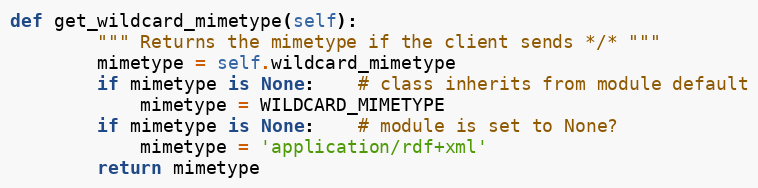
Language: Python
def get_wildcard_mimetype(self):
		""" Returns the mimetype if the client sends */* """
		mimetype = self.wildcard_mimetype
		if mimetype is None:	# class inherits from module default
			mimetype = WILDCARD_MIMETYPE
		if mimetype is None:	# module is set to None?
			mimetype = 'application/rdf+xml'
		return mimetype